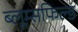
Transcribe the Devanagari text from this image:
ब्लूम्सफिल्ड